Lock hospitals Punjab
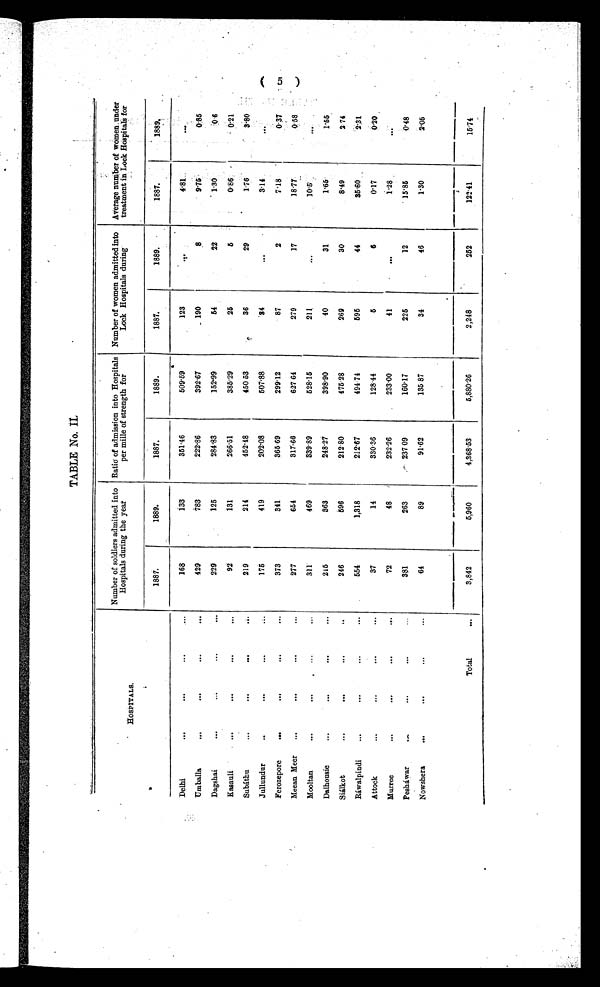
TABLE No. II
HOSPITALS.
Number of soldiers admitted into
Hospitals during the year
Ratio of admission into Hospitals
per mille of strength for
Number of women admitted into
Lock Hospitals during
Average number of women under
treatment in Lock Hospitals for
1887.
1889.
1887.
1889.
1887.
1889.
1887.
1889.
Delhi
...
. . .
...
...
168
133
351.46
509.59
123
. . .
4.81
...
Umballa
...
. . .
...
. . .
429
783
222.86
392.67
190
8
9.75
0.85
Dagshai
...
...
. . .
229
125
284.83
152.99
54
22
1.30
0.6
Kasauli
...
. . .
. . .
. . .
92
131
266.51
385.29
25
5
0.86
0.21
Subáthu
...
. . .
. . .
. .
219
214
452.48
450.53
36
29
1.76
3.80
Jullundur
..
. . .
. . .
...
175
419
202.08
507.88
34
. . .
3.14
. . .
Ferozepore
...
. . .
. . .
...
373
341
365 69
299.12
87
2
7.18
0.37
Meean Meer
...
. . .
...
...
277
654
317.66
627 64
279
17
18.77
0.58
Mooltan
..
...
...
...
311
469
339.89
528.15
211
...
10.5
. . .
Dalhousie
...
...
. . .
. . .
215
363
248.27
398.90
40
31
1.65
1.55
Siálkot
...
. . .
. . .
. . .
246
596
212.80
475.28
269
30
8.49
2.74
Ráwalpindi
...
. . .
. . .
...
554
1,318
212.67
494.74
595
44
35.60
2.31
Attock
...
...
. . .
. . .
37
14
330.36
128.44
5
6
0.17
0. 20
Murree
...
. . .
. . .
. . .
72
48
232.26
233.00
41
. . .
1.28
. . .
Pesháwar
...
. . .
. . .
. . . .
381
263
237 09
160.17
225
12
15.85
0.48
Nowshera
...
. . .
...
...
64
89
91.62
135.87
34
46
1.30
2.05
Total
. . .
3,842
5,960
4,368.53
5,880.26
2,248
252
122.41
15.74